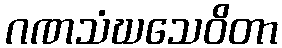
ဂဏသံဃသေဝိတာ